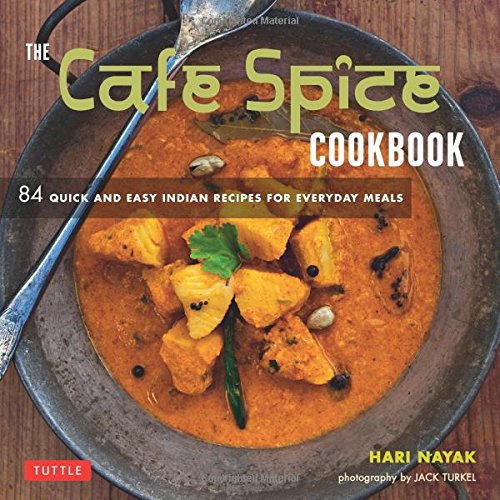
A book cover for The Cafe Spice Cookbook: 84 Quick and Easy Indian Recipes for Everyday Meals; Hari Nayak; Cookbooks, Food & Wine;